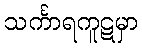
သင်္ကာရကူဋမှာ